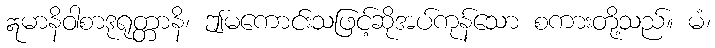
ဣမာနိဝါစာဒုရုတ္တာနိ၊ ဤမကောင်းသဖြင့်ဆိုအပ်ကုန်သော စကားတို့သည်။ မံ၊